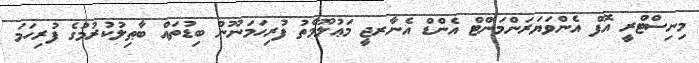
މިނިސްޓްރީ އޮފް އެންވަޔަރަންމަންޓް އެންޑް އެނާރޖީ މަޢުލޫމާތު ފުރިހަމަނޫން ބިޑުތައް ބާޠިލުކުރުމުގެ ފުރިހަމަ